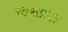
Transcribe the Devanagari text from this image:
पित्तप्रदर